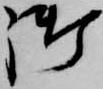
御